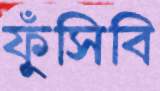
ফুঁসিবি